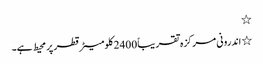
٭
٭ اندرونی مرکزہ تقریباً 2400 کلومیٹر قطر پر محیط ہے۔